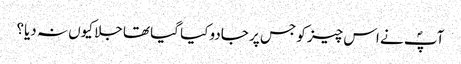
آپؐ نے اس چیز کو جس پر جادو کیا گیا تھا جلا کیوں نہ دیا؟